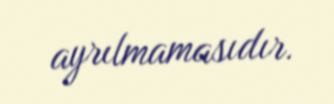
ayrılmamasıdır.